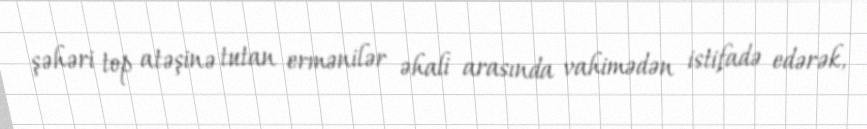
şəhəri top atəşinə tutan ermənilər əhali arasında vahimədən istifadə edərək,